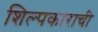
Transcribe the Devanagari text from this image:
शिल्पकाराची